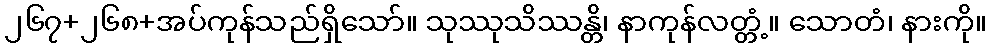
၂၆၇+၂၆၈+အပ်ကုန်သည်ရှိသော်။ သုဿုသိဿန္တိ၊ နာကုန်လတ္တံ့။ သောတံ၊ နားကို။